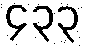
၄၃၃